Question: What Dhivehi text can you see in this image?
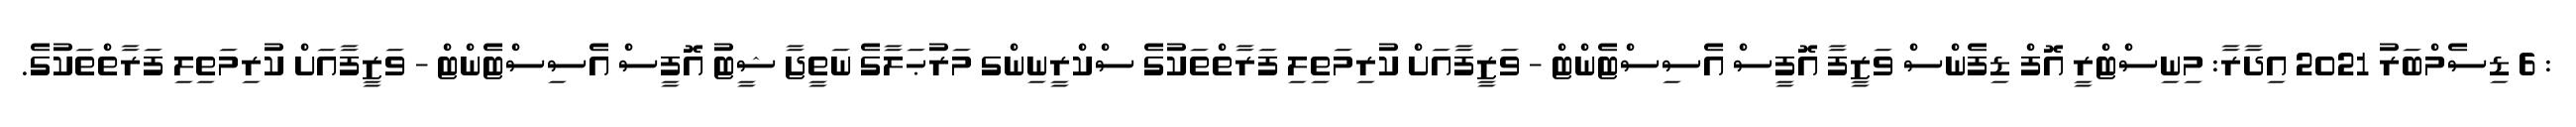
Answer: : 6 ޑިސެމްބަރު 2021 އިދާރާ: މިނިސްޓްރީ އޮފް ޑިފެންސް ވަޒީފާ އޮފީސް އެސިސްޓެންޓް - ވަޒީފާއަށް ކުރިމަތިލި ފަރާތްތަކުގެ ސްކްރީނިންގ މަރުޙަލާގެ ނަތީޖާ ޝީޓު އޮފީސް އެސިސްޓެންޓް - ވަޒީފާއަށް ކުރިމަތިލި ފަރާތްތަކުގެ.